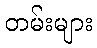
တမ်းများ